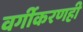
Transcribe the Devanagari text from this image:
वर्गीकरणही